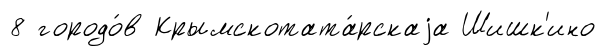
8 городо́в Крымскотата́рскаjа Шишк'ино